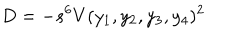
LaTeX: D = - s ^ { 6 } V ( y _ { 1 } , y _ { 2 } , y _ { 3 } , y _ { 4 } ) ^ { 2 }